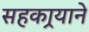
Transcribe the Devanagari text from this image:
सहकार्‍याने